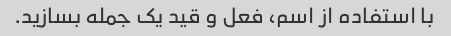
با استفاده از اسم، فعل و قید یک جمله بسازید.